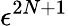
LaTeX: \epsilon^{2N+1}